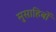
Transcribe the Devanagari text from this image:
मुसाहिबों